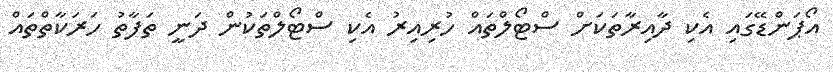
އޯޕަންޑޭގައި އެކި ދާއިރާތަކަށް ސްޓޯލްތައް ހުރިއިރު އެކި ސްޓޯލްތަކުން ދަނީ ތަފާތު ހަރަކާތްތައް